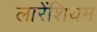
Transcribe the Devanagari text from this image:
लारेंशियम